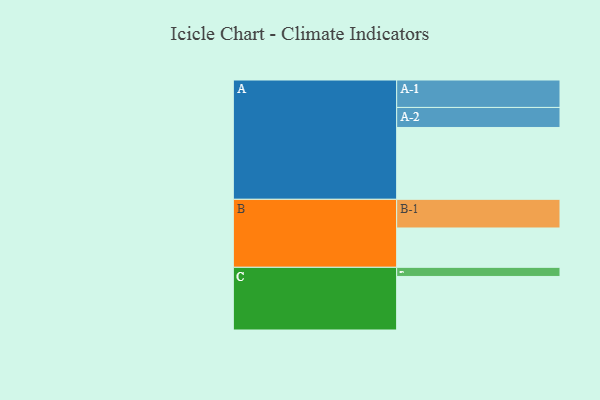
{"axis": {"x": "Segment", "y": "Value"}, "legend": ["", "A", "B", "C"], "data": [{"x": "A", "y": 581, "type": ""}, {"x": "B", "y": 318, "type": ""}, {"x": "C", "y": 433, "type": ""}, {"x": "A-1", "y": 222, "type": "A"}, {"x": "A-2", "y": 162, "type": "A"}, {"x": "B-1", "y": 232, "type": "B"}, {"x": "C-1", "y": 74, "type": "C"}]}